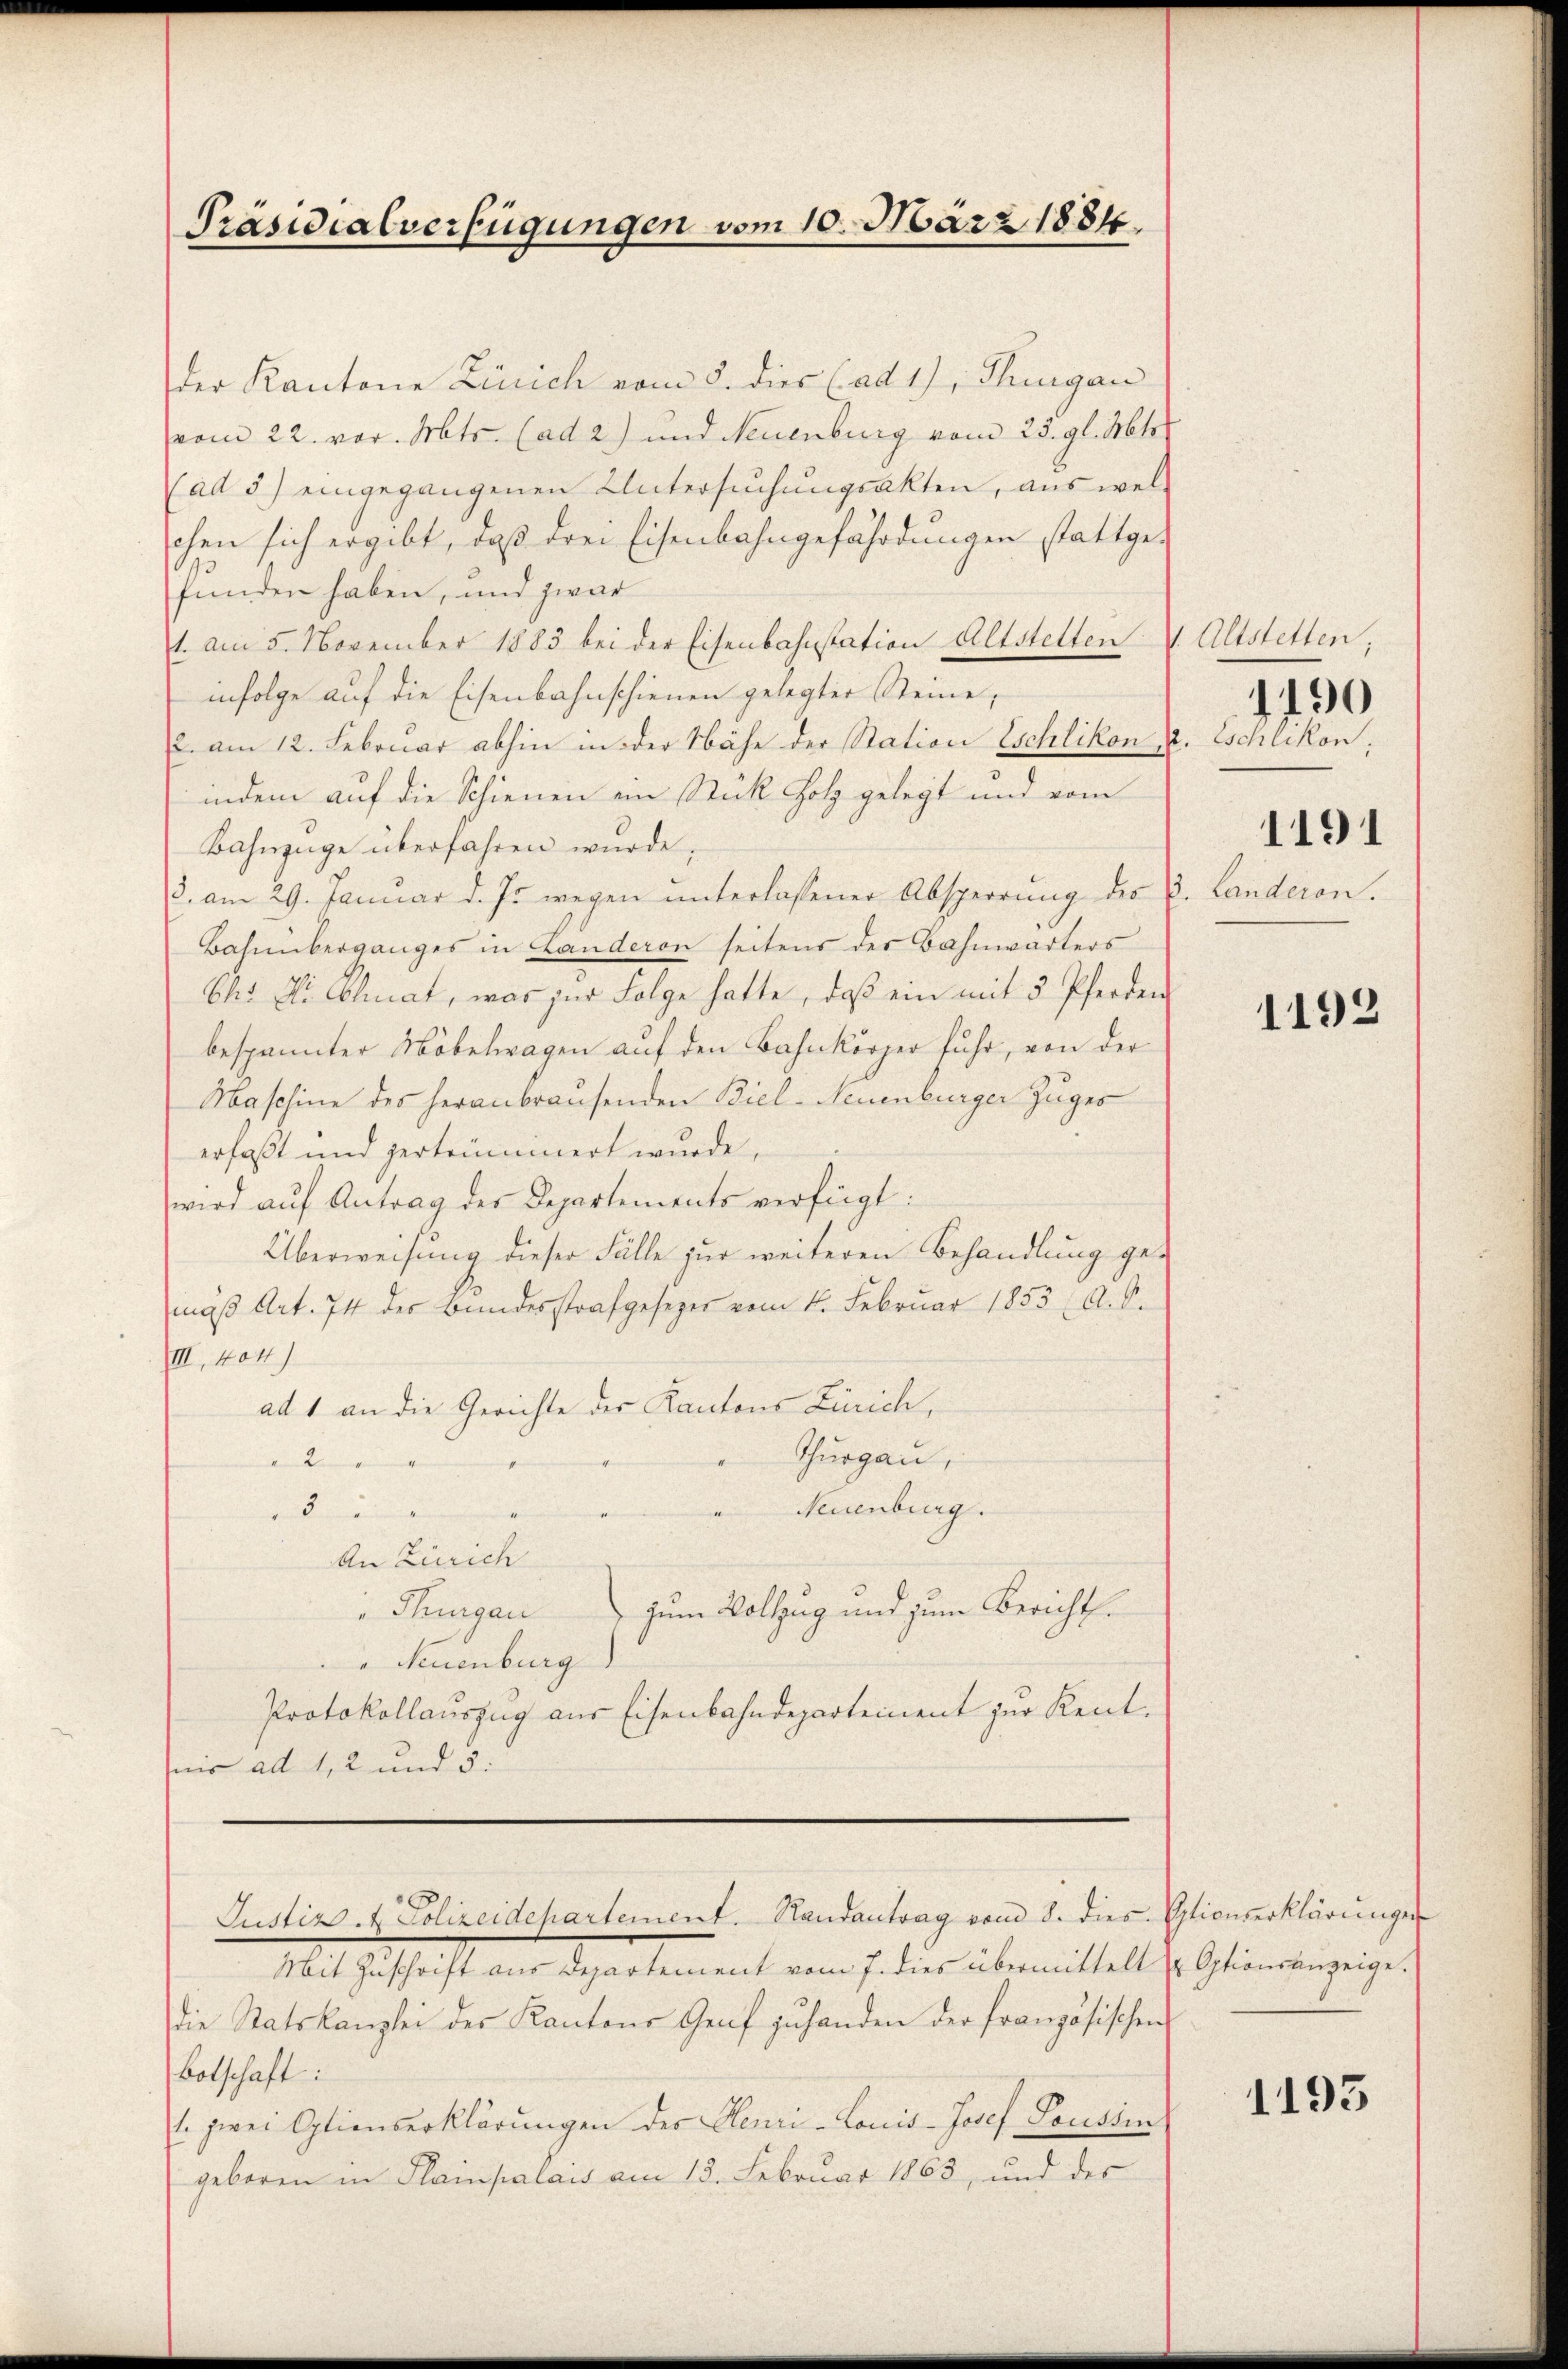
Präsidialverfügungen vom 10. März 1884.

der Kantone Zürich vom 8. dies (ad 1), Thurgau
vom 22. vor. Mts. (ad 2) und Neuenburg vom 23. gl. Mts.
(ad 5) eingegangenen Untersuchungsakten, aus wel-
chen sich ergibt, daß drei Eisenbahngefährdungen stattgefunden haben, und zwar
1. am 5. November 1883 bei der Eisenbahnstation Altstelten v. Altstetten,
infolge auf die Eisenbahnschienen gelegter Steine,
2. am 12. Februar abhin in der Nähe der Station Eschlikon u. schlikon,
indem auf die Schienen ein Stück Holz gelegt und vom
Bahnzüge überfahren wurde,
3. am 29. Januar d. Js. wegen ŭnterlassener Absperrŭng der 3. Landeren.
Bahnüberganges in Landeron seitens der Bahnwärters
Chs Dr. Clat, was zur Folge hatte, daß ein mit 5 Pferden
bespannter Möbelwagen auf den Bahnkörper fuhr, von der
Maschine des heranbrausenden Biel-Neuenburger Zuges
erfaßt und zertrümmert wurde,
wird auf Antrag des Departements verfügt:
Überweisung dieser Fälle zur weiteren Behandlung gemäβ Art. 74 des Bundesstrafgesezes vom 4. Februar 1853 a. O.
IIII., 404/
ad 1 an die Gerichte des Kantons Zürich,
Thurgau,
2
Neuenburg.
2
An Zürich
zum Vollzug und zum Bericht.
" Thurgau
" Neuenburg
Protokollauszug aus Eisenbahndepartement zur Kenntnir ad 1, 2 und 5.
Justiz- & Polizeidepartement. Randantrag vom 8. dies Optionserklärungen
Mit Zŭschrift aus Departement vom 7. dies übermittelt u Optionsanzeige.
die Statskanzlei des Kantons Genf zŭ handen der französischen
Botschaft:
1. zwei Optionserklärungen der Henri-Louis-Josef Paussin
geboren in Slampalais am 13. Februar 1863, und der

1190
1191

1192

1193